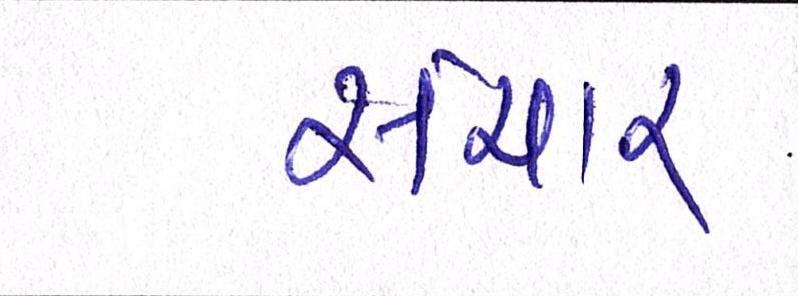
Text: સંચાર